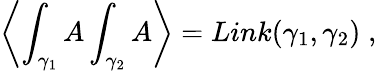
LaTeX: \left\langle\int_{\gamma_{1}}A\int_{\gamma_{2}}A\right\rangle=Link(\gamma_{1},\gamma_{2})\; ,